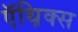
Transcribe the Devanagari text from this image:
ऍथ़िक्स